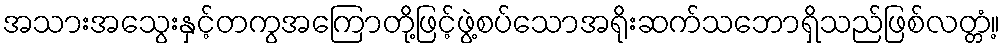
အသားအသွေးနှင့်တကွအကြောတို့ဖြင့်ဖွဲ့စပ်သောအရိုးဆက်သဘောရှိသည်ဖြစ်လတ္တံ့။